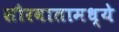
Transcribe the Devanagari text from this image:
सौरवातामध्ये